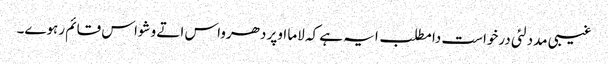
غیبی مدد لئی درخواست دا مطلب ایہ ہے کہ لاما اوپر دھرواس اتے وشواس قائم رہوے۔